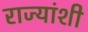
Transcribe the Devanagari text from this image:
राज्‍यांशी